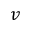
v